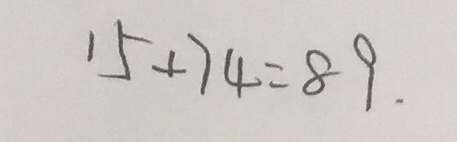
1 5 + 7 4 = 8 9 .